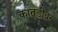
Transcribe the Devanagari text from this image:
कातडीवर